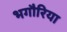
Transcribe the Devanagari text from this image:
भगौरिया